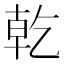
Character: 乾